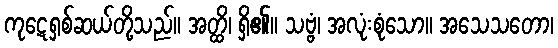
ကုဋေရှစ်ဆယ်တို့သည်။ အတ္ထိ၊ ရှိ၏။ သဗ္ဗံ၊ အလုံးစုံသော။ အသေသတော၊